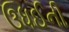
ઉધઈની